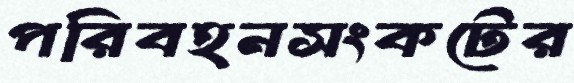
পরিবহনসংকটের